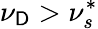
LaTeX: \nu_{\mathsf{D}}>\nu_{s}^{*}